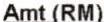
AMT (RM)